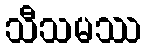
သီသမဿ